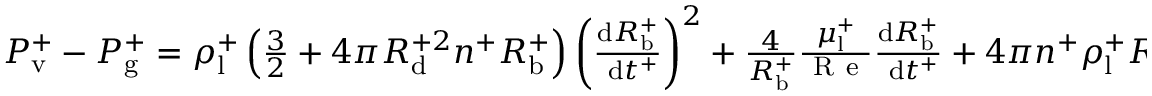
\begin{array} { r } { P _ { \mathrm { v } } ^ { + } - P _ { \mathrm { g } } ^ { + } = \rho _ { \mathrm { l } } ^ { + } \left( \frac { 3 } { 2 } + 4 \pi R _ { \mathrm { d } } ^ { + 2 } n ^ { + } R _ { \mathrm { b } } ^ { + } \right) \left( \frac { \mathrm { d } R _ { \mathrm { b } } ^ { + } } { \mathrm { ~ d } t ^ { + } } \right) ^ { 2 } + \frac { 4 } { R _ { \mathrm { b } } ^ { + } } \frac { \mu _ { \mathrm { l } } ^ { + } } { \mathrm { ~ R ~ e ~ } } \frac { \mathrm { d } R _ { \mathrm { b } } ^ { + } } { \mathrm { ~ d } t ^ { + } } + 4 \pi n ^ { + } \rho _ { \mathrm { l } } ^ { + } R _ { \mathrm { d } } ^ { + } R _ { \mathrm { b } } ^ { + 2 } \left( \frac { \mathrm { d } R _ { \mathrm { d } } ^ { + } } { \mathrm { ~ d } t ^ { + } } \right) \left( \frac { \mathrm { d } R _ { \mathrm { b } } ^ { + } } { \mathrm { ~ d } t ^ { + } } \right) + \frac { 2 \sigma ^ { + } } { \mathrm { ~ W ~ e ~ } } \frac { 1 } { R _ { \mathrm { b } } ^ { + } } . } \end{array}